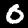
Label: 0